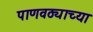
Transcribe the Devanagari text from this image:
पाणवठ्याच्‍या